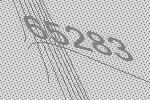
65283